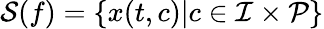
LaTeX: \mathcal{S}(f)=\{ x(t,c)|c\in\mathcal{I}\times\mathcal{P}\}